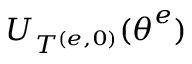
U _ { T ^ { ( e , 0 ) } } ( \boldsymbol { \theta } ^ { e } )